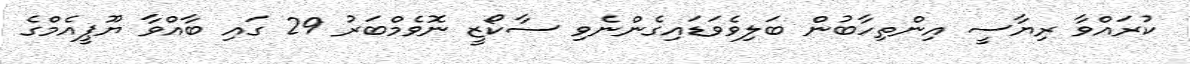
ކުރައްވާ ރިޔާސީ އިންތިހާބުން ބަލިވެވަޑައިގެންނެވި ސާކޯޒީ ނޮވެމްބަރު 29 ގައި ބާއްވާ ޔޫޕީއެމްގެ